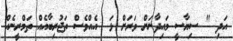
އަދި " ސިޔާސީ މައިދާނަށް ވަރަށް ޅަ  އެއްވެސް ތަޖުރިބާއެއް ތަމްރީނެއް